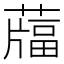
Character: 𦽌